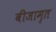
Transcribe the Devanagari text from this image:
बीजामृत